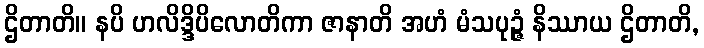
ဌိတာတိ။ နပိ ဟလိဒ္ဒိပိလောတိကာ ဇာနာတိ အဟံ မံသပုဉ္ဇံ နိဿာယ ဌိတာတိ,